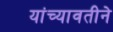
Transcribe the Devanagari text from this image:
यांच्यावतीने